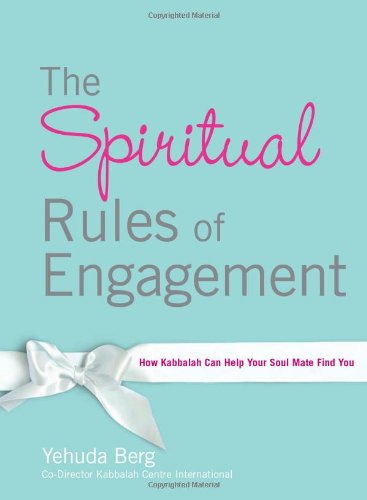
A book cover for The Spiritual Rules of Engagement: How Kabbalah Can Help Your Soul Mate Find You; Yehuda Berg; Self-Help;